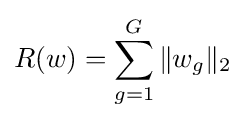
R(w)=\sum _{g=1}^{G}\|w_{g}\|_{2}